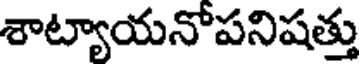
శాట్యాయనోపనిషత్తు